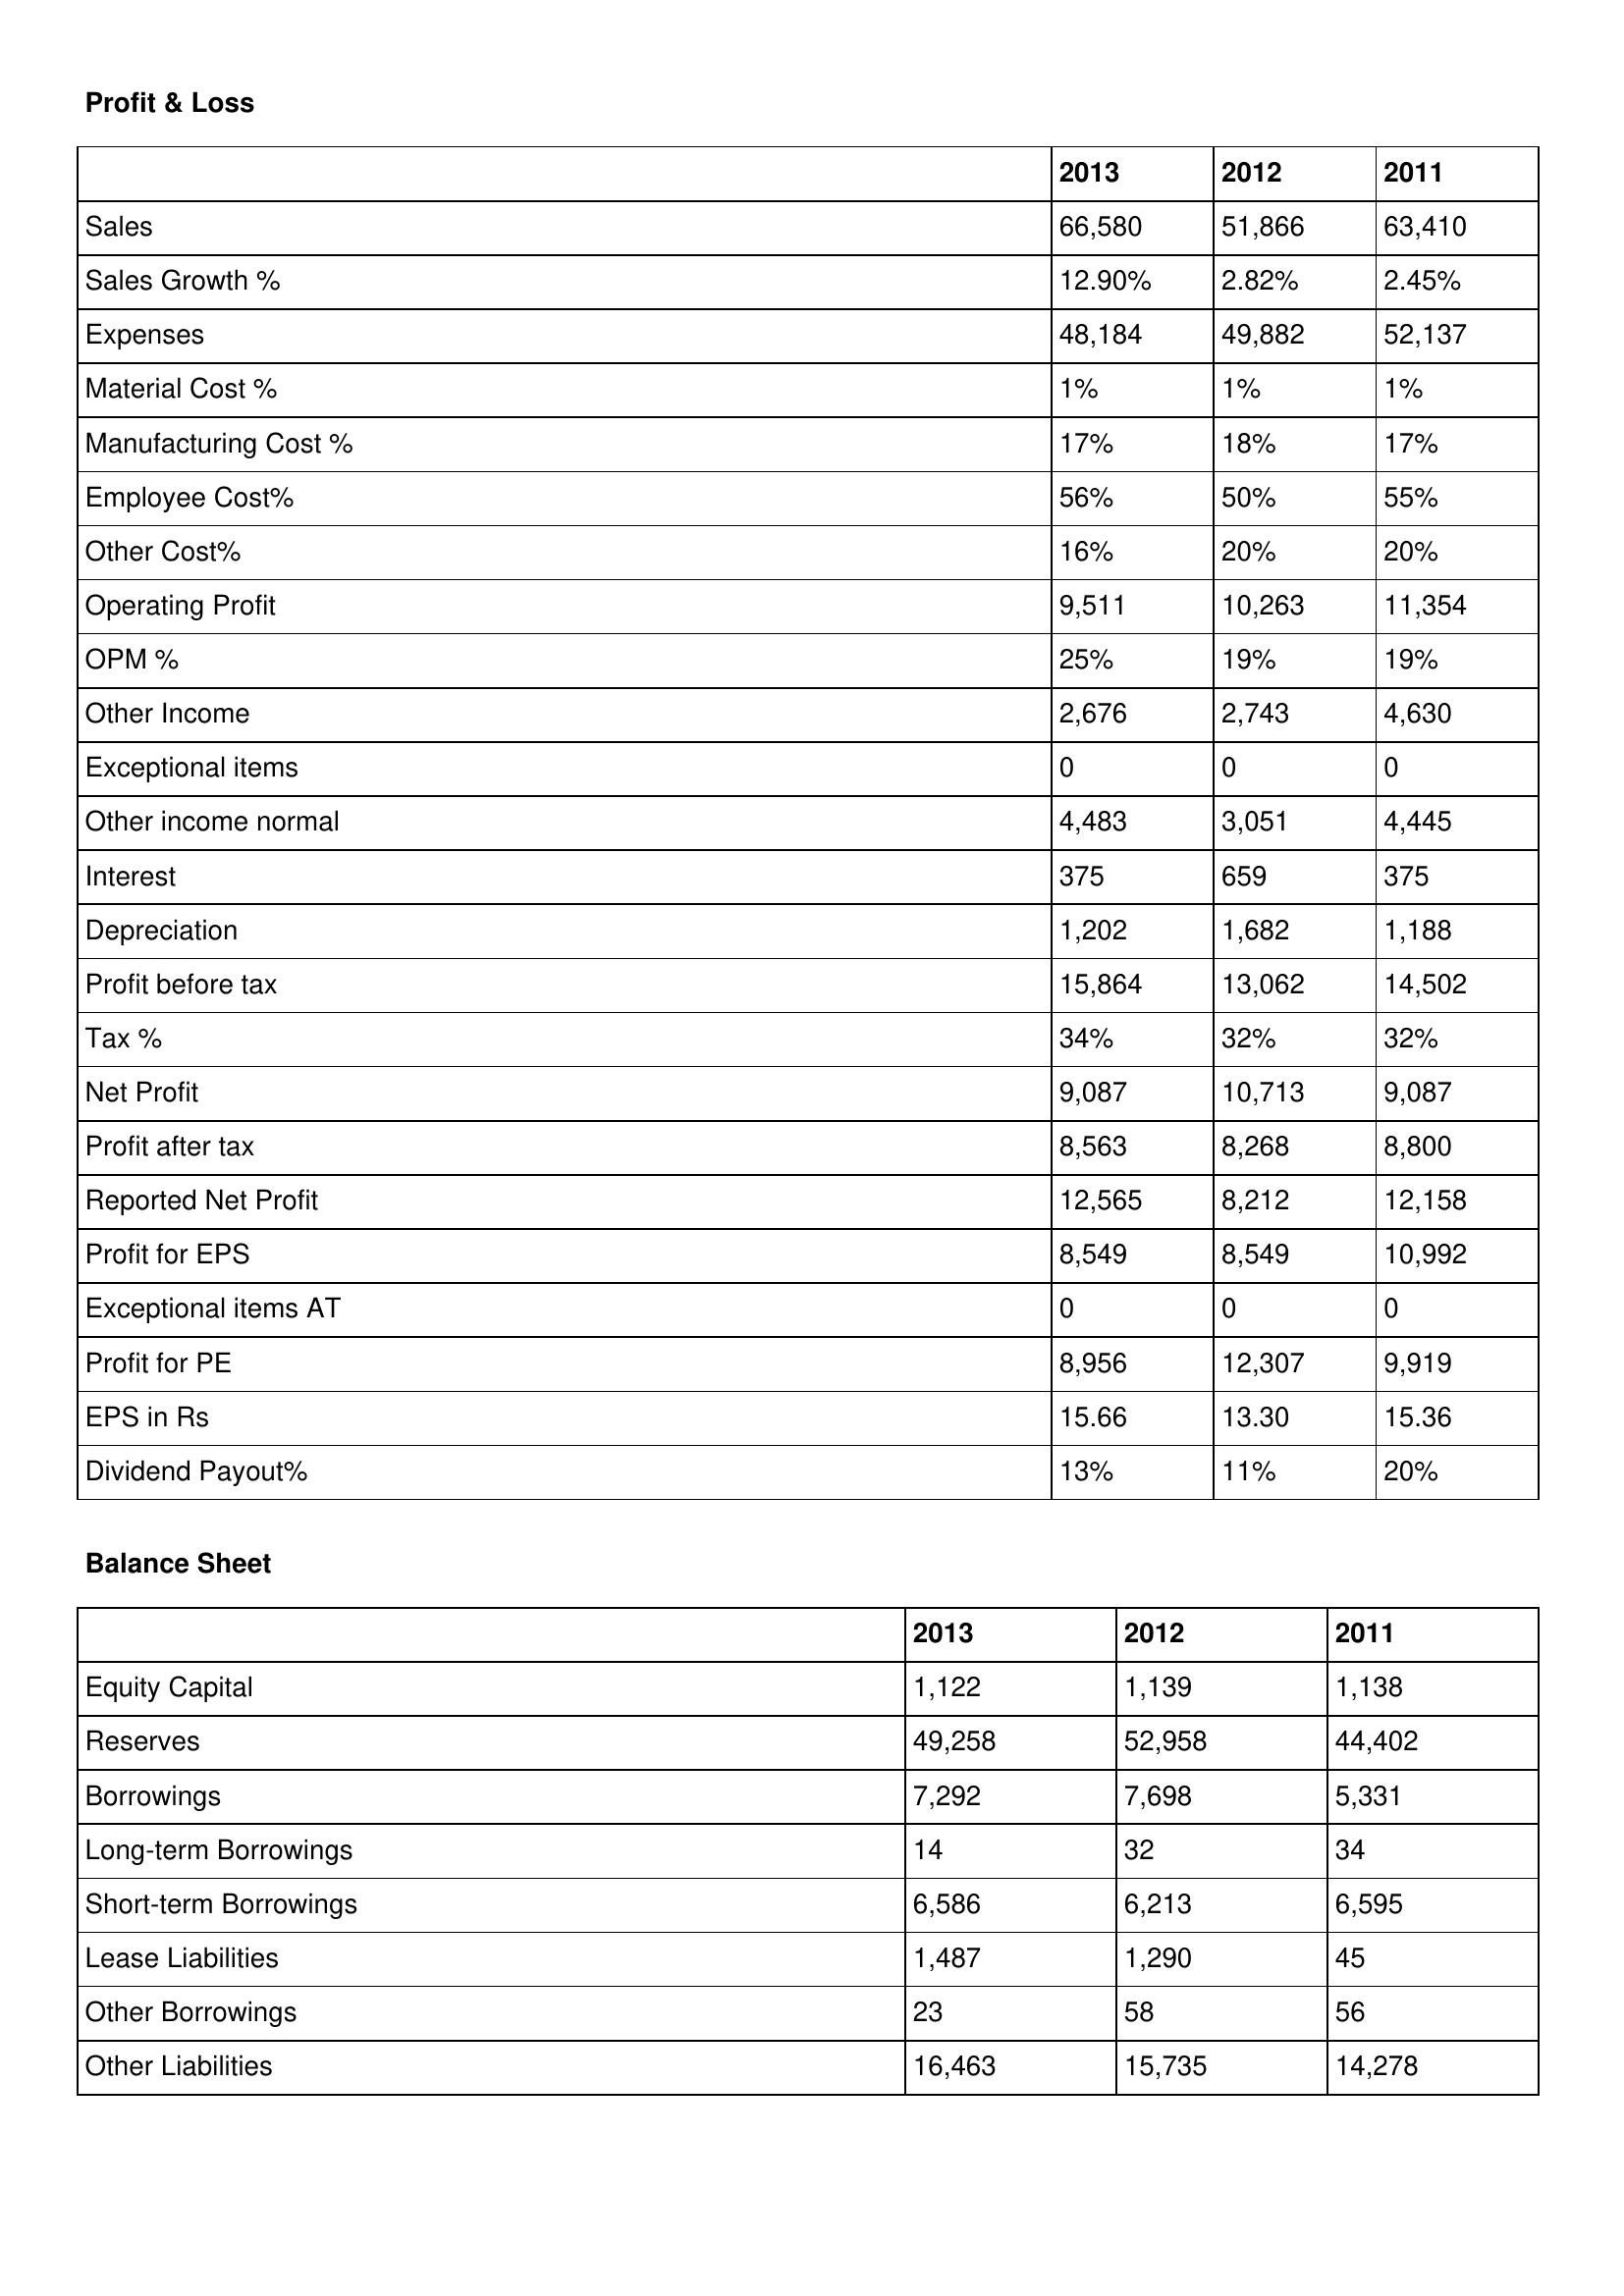
gt_parse: 2013: Profit & Loss: Sales: 66,580
Sales Growth %: 12.90%
Expenses: 48,184
Material Cost %: 1%
Manufacturing Cost %: 17%
Employee Cost%: 56%
Other Cost%: 16%
Operating Profit: 9,511
OPM %: 25%
Other Income: 2,676
Exceptional items: 0
Other income normal: 4,483
Interest: 375
Depreciation: 1,202
Profit before tax: 15,864
Tax %: 34%
Net Profit: 9,087
Profit after tax: 8,563
Reported Net Profit: 12,565
Profit for EPS: 8,549
Exceptional items AT: 0
Profit for PE: 8,956
EPS in Rs: 15.66
Dividend Payout%: 13%
Balance Sheet: Equity Capital: 1,122
Reserves: 49,258
Borrowings: 7,292
Long-term Borrowings: 14
Short-term Borrowings: 6,586
Lease Liabilities: 1,487
Other Borrowings: 23
Other Liabilities: 16,463
2012: Profit & Loss: Sales: 51,866
Sales Growth %: 2.82%
Expenses: 49,882
Material Cost %: 1%
Manufacturing Cost %: 18%
Employee Cost%: 50%
Other Cost%: 20%
Operating Profit: 10,263
OPM %: 19%
Other Income: 2,743
Exceptional items: 0
Other income normal: 3,051
Interest: 659
Depreciation: 1,682
Profit before tax: 13,062
Tax %: 32%
Net Profit: 10,713
Profit after tax: 8,268
Reported Net Profit: 8,212
Profit for EPS: 8,549
Exceptional items AT: 0
Profit for PE: 12,307
EPS in Rs: 13.30
Dividend Payout%: 11%
Balance Sheet: Equity Capital: 1,139
Reserves: 52,958
Borrowings: 7,698
Long-term Borrowings: 32
Short-term Borrowings: 6,213
Lease Liabilities: 1,290
Other Borrowings: 58
Other Liabilities: 15,735
2011: Profit & Loss: Sales: 63,410
Sales Growth %: 2.45%
Expenses: 52,137
Material Cost %: 1%
Manufacturing Cost %: 17%
Employee Cost%: 55%
Other Cost%: 20%
Operating Profit: 11,354
OPM %: 19%
Other Income: 4,630
Exceptional items: 0
Other income normal: 4,445
Interest: 375
Depreciation: 1,188
Profit before tax: 14,502
Tax %: 32%
Net Profit: 9,087
Profit after tax: 8,800
Reported Net Profit: 12,158
Profit for EPS: 10,992
Exceptional items AT: 0
Profit for PE: 9,919
EPS in Rs: 15.36
Dividend Payout%: 20%
Balance Sheet: Equity Capital: 1,138
Reserves: 44,402
Borrowings: 5,331
Long-term Borrowings: 34
Short-term Borrowings: 6,595
Lease Liabilities: 45
Other Borrowings: 56
Other Liabilities: 14,278